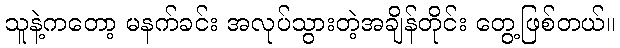
သူနဲ့ကတော့ မနက်ခင်း အလုပ်သွားတဲ့အချိန်တိုင်း တွေ့ဖြစ်တယ်။